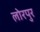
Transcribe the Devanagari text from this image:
लोरपुर